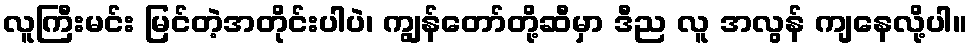
လူကြီးမင်း မြင်တဲ့အတိုင်းပါပဲ၊ ကျွန်တော်တို့ဆီမှာ ဒီည လူ အလွန် ကျနေလို့ပါ။